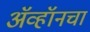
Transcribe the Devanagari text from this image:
ॲव्हॉनचा